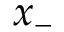
x _ { - }